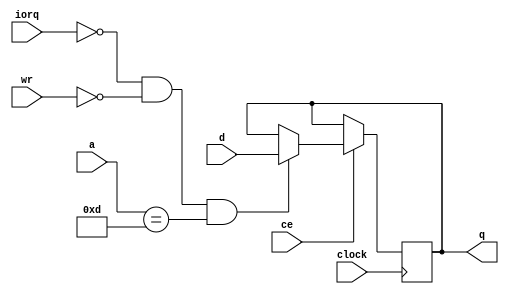
//-------------------------------------------------------------------------------------------------
module specdrum
//-------------------------------------------------------------------------------------------------
(
	input  wire      clock,
	input  wire      ce,
	input  wire      iorq,
	input  wire      wr,
	input  wire[7:0] d,
	output reg [7:0] q,
	input  wire[7:4] a
);
//-------------------------------------------------------------------------------------------------

always @(posedge clock) if(ce) if(!iorq && !wr && a == 4'b1101) q <= d;

//-------------------------------------------------------------------------------------------------
endmodule
//-------------------------------------------------------------------------------------------------